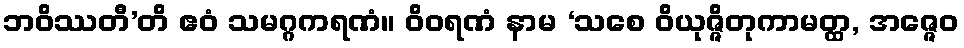
ဘဝိဿတီ’တိ ဧဝံ သမဂ္ဂကရဏံ။ ဝိဝရဏံ နာမ ‘သစေ ဝိယုဇ္ဇိတုကာမတ္ထ, အဇ္ဇေဝ